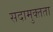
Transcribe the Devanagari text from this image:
सदामुक्तता